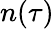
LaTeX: n(\tau)